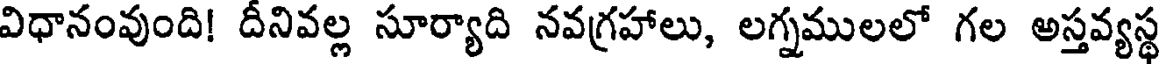
విధానంవుంది! దీనివల్ల సూర్యాది నవగ్రహాలు, లగ్నములలో గల అస్తవ్యస్థ